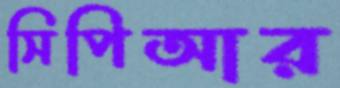
সিপিআর